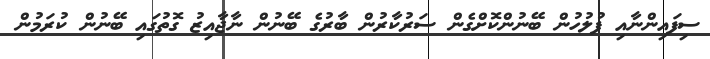
ސިފައިންނާއި ފުލުހުން ބޭނުންކޮށްގެން ސަރުކާރުން ބާރުގެ ބޭނުން ނާޖާއިޒު ގޮތުގައި ބޭނުން ކުރަމުން